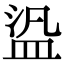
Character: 盕